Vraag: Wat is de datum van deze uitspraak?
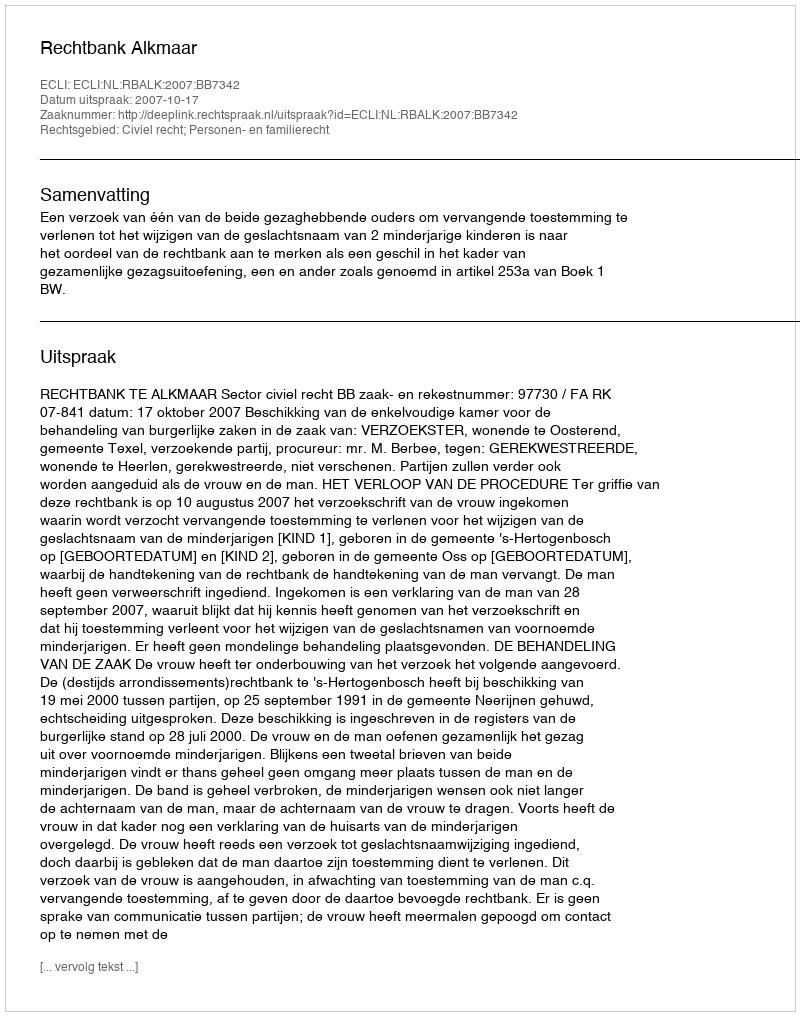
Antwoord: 2007-10-17